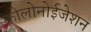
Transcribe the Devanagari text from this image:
कोलोनोईजेशन